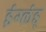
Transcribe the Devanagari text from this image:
इंग्लंड्